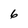
Character: 6